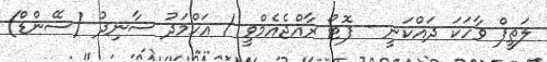
ލަތީފް ވާހަކަ ދައްކަނީ - ފޮޓޯ ރާއްޖެއެމްވީ / އަހްމަދު ސާނިދު (ސޭންޑް)